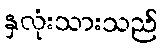
နှလုံးသားသည်